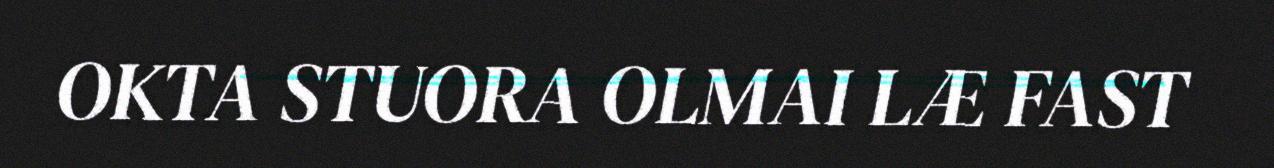
OKTA STUORA OLMAI LÆ FAST